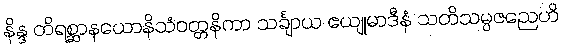
နိန္ဒ တိရစ္ဆာနယောနိသံဝတ္တနိကာ သင်္ချာယ ဧယျုမာဒီနံ သတိသမ္ပဇညေဟိ